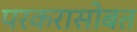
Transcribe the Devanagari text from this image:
परकरासोबत